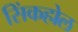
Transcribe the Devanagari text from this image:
सिंकहोल